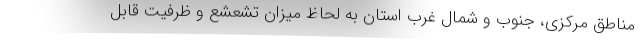
مناطق مرکزی، جنوب و شمال غرب استان به لحاظ میزان تشعشع و ظرفیت قابل